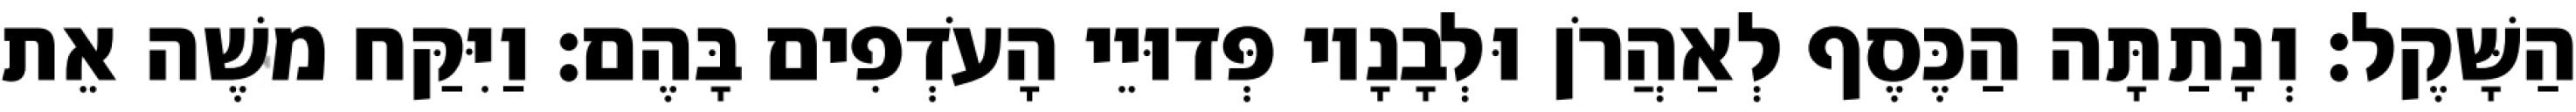
הַשָּׁקֶל׃ וְנָתַתָּה הַכֶּסֶף לְאַהֲרֹן וּלְבָנָיו פְּדוּיֵי הָעֹדְפִים בָּהֶם׃ וַיִּקַּח משֶׁה אֵת